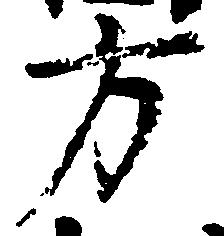
方